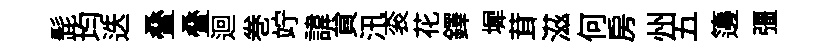
髭均迭叠叠迴巻竚諱貟汛衮花鐸墀茸滋何房州五籩彊